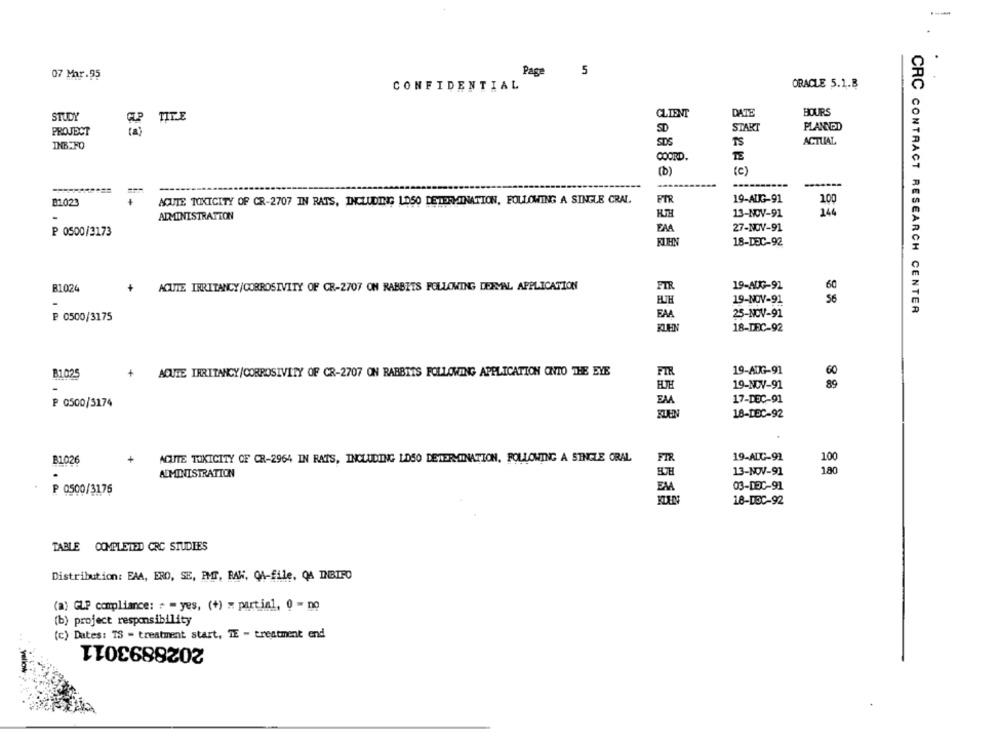
---
Page
5
07 Mar.95
CONFIDENTIAL
ORACLE 5.1.B
DATE
HOURS
STUDY
TITLE
CLIENT
START
PLANNDD
PROJECT
SD
SDS
ACTUAL
INB FO
TS
COORD.
(c)
(b)
ACUTE TOXICITY OF CR-2707 IN RATS, INCLUDING LOSO DETERMINATION, FOLLOWING A SINGLE CRAL
PTR
19-AUG-91
100
B1023
ADMINISTRATION
13-NOV-91
EAA
27-NOV-91
P 0500/3173
18-DEC-92
B1024
+
ACUTE IRRITANCY/CORROSIVITY OF CR-2707 ON RABBITS FOLLOWING DERVAL APPLICATION
FIR
19-AUG-91
EUH
19-NOV-91
CRC CONTRACT RESEARCH CENTER
₽ 0500/3175
EAA
25-NOV-91
KLEN
18-DEC-92
FIR
19-AUG-91
B1025
+
AQUTE IRRITANCY/CORROSIVITY OF CR-2707 ON RABBITS FOLLOWING APPLICATION ONTO THE EYE
60
19-NOV-91
89
EMA
17-DEC-91
₱ 0500/5174
18-DEC-92
B1026
ACUTE TOXICITY OF CR-2964 IN RATS, INCLUDING LOSO DETERMINATION, FOLLOWING A SINGLE CRAL
FIR
19-ALC-91
100
ADMINISTRATION
13-MW-91
180
P 0500/3176
EM
03-DEC-91
18-DEC-92
TABLE COMPLETED CRC STUDIES
Distribution: EAA, ERO, SE, PMT, RAW, QA-file, QA INBIRO
(a) GLP compliance: + = yes, (+) = partial, 0 = no
(b) project responsibility
(c) Dates: TS - treatment start, TE - treatment end
2028893011
Yellow